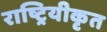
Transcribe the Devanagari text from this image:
राष्ट्रियीकृत